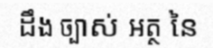
ដឹង ច្បាស់ អត្ថ នៃ